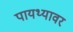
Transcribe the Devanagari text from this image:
पायथ्यावर